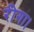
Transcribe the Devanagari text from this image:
रीगा।